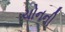
ચોનની